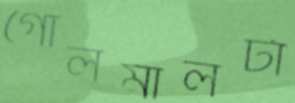
গোলমালটা